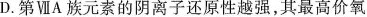
D.第ⅦA族元素的阴离子还原性越强，其最高价氧